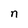
Character: n